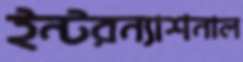
ইন্টরন্যাশনাল